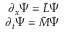
\begin{array} { r } { \partial _ { x } { \tilde { \Psi } } = { \tilde { L } } { \tilde { \Psi } } } \\ { \partial _ { t } { \tilde { \Psi } } = { \tilde { M } } { \tilde { \Psi } } } \end{array}